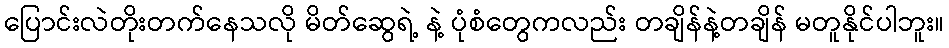
ပြောင်းလဲတိုးတက်နေသလို မိတ်ဆွေရဲ့ နဲ့ ပုံစံတွေကလည်း တချိန်နဲ့တချိန် မတူနိုင်ပါဘူး။